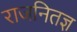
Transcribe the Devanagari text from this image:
राजनितज्ञ